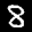
Label: 8